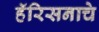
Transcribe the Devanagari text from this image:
हॅरिसनाचे